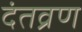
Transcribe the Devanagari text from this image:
दंतव्रण